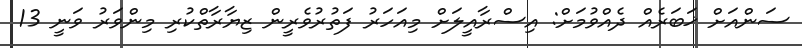
ސަންއަށް ޚަބަރެއް ދެއްވުމަށް: އިސްރާއީލަށް މިއަހަރު ފަތުރުވެރީން ޒިޔާރާތްކުރި މިންވަރު ވަނީ 13